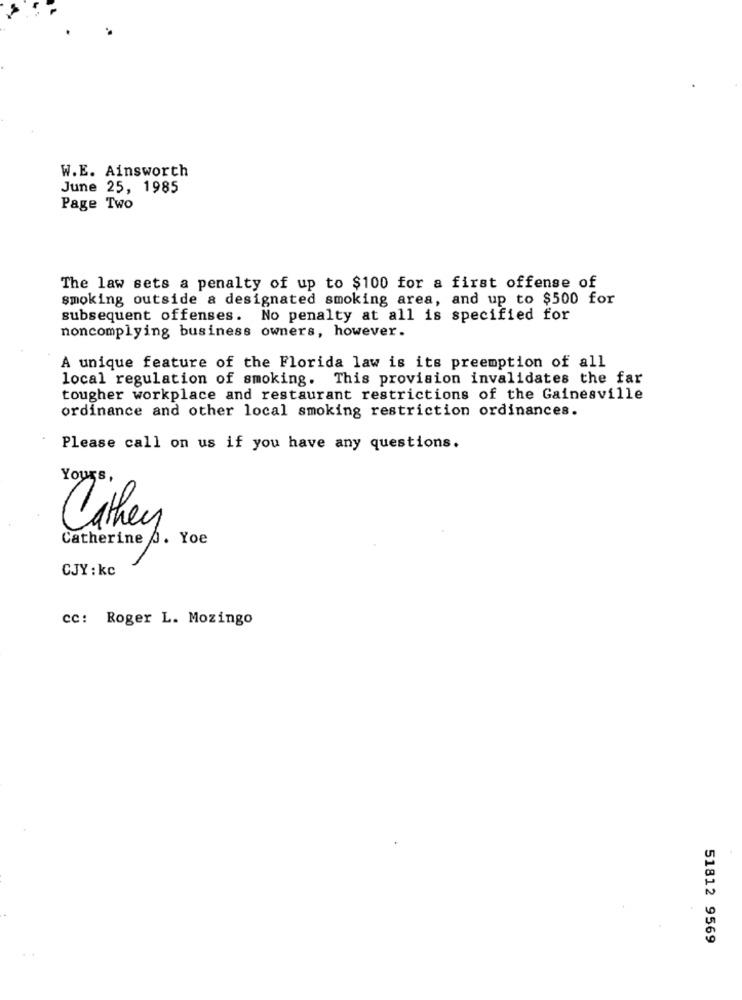
W.E. Ainsworth
June 25, 1985
Page Two
The law sets a penalty of up to $100 for a first offense of
smoking outside a designated smoking area, and up to $500 for
subsequent offenses. No penalty at all is specified for
noncomplying business owners, however.
A unique feature of the Florida law is its preemption of all
local regulation of smoking. This provision invalidates the far
tougher workplace and restaurant restrictions of the Gainesville
ordinance and other local smoking restriction ordinances.
Please call on us if you have any questions.
Yours,
Cathey
Catherine .. Yoe
CJY : kc
cc: Roger L. Mozingo
51812 9569